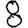
Digit: 8